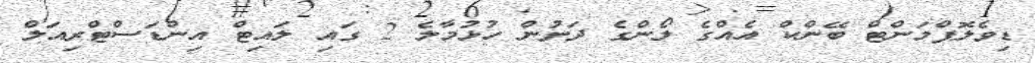
ޑިވެލޮޕްމަންޓް ބޭންކް އެއްގެ ލޯންގެ ދަށުން ހުޅުމާލެ 2 ގައި ލައިޓް އިންޑަސްޓްރިއަލް